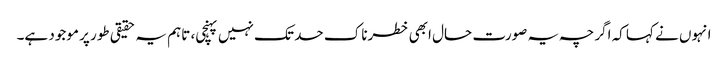
انہوں نے کہا کہ اگرچہ یہ صورت حال ابھی خطرناک حد تک نہیں پہنچی، تاہم یہ حقیقی طور پر موجود ہے۔